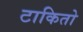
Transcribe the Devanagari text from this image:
टाकितो